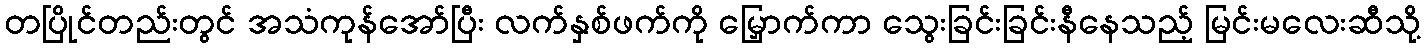
တပြိုင်တည်းတွင် အသံကုန်အော်ပြီး လက်နှစ်ဖက်ကို မြှောက်ကာ သွေးခြင်းခြင်းနီနေသည့် မြင်းမလေးဆီသို့